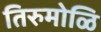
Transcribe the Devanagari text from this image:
तिरुमोळि